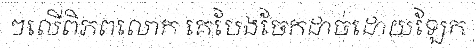
ៗលើពិភពលោក គេបែងចែកដាច់ដោយឡែក